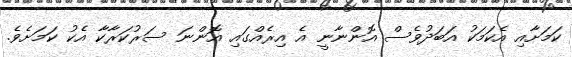
ކަމަށާއި އެކަމަކު އަބަދުވެސް އޮންނާނީ އެ އިރެއްގައި އޮންނަ ސަރުކަރާކާ އެކު ކަމަށެވެ.